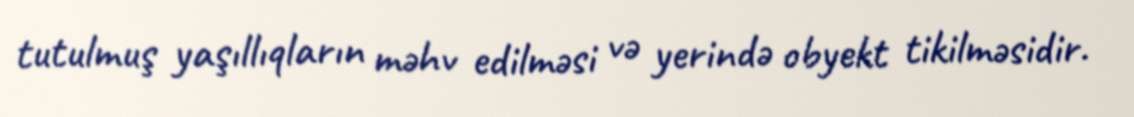
tutulmuş yaşıllıqların məhv edilməsi və yerində obyekt tikilməsidir.